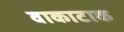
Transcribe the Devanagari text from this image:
वाकाटाक